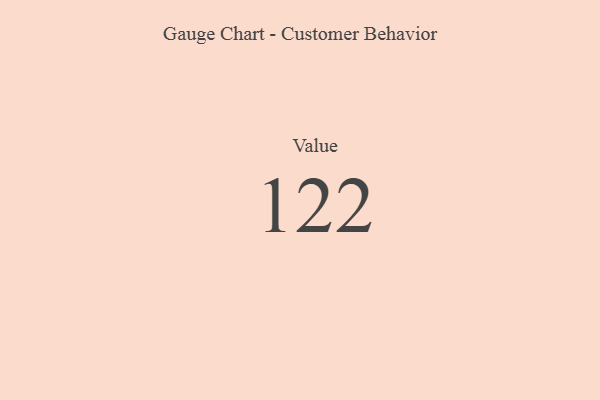
{"axis": {"x": "Metric", "y": "Value"}, "legend": [""], "data": [{"x": "Value", "y": 122, "type": ""}]}